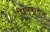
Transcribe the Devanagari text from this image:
विद्रोहकालीन